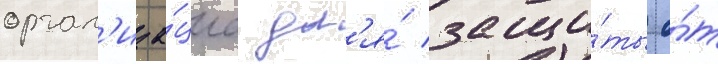
орган'иза́циа дл'я́ защи́ты о́т